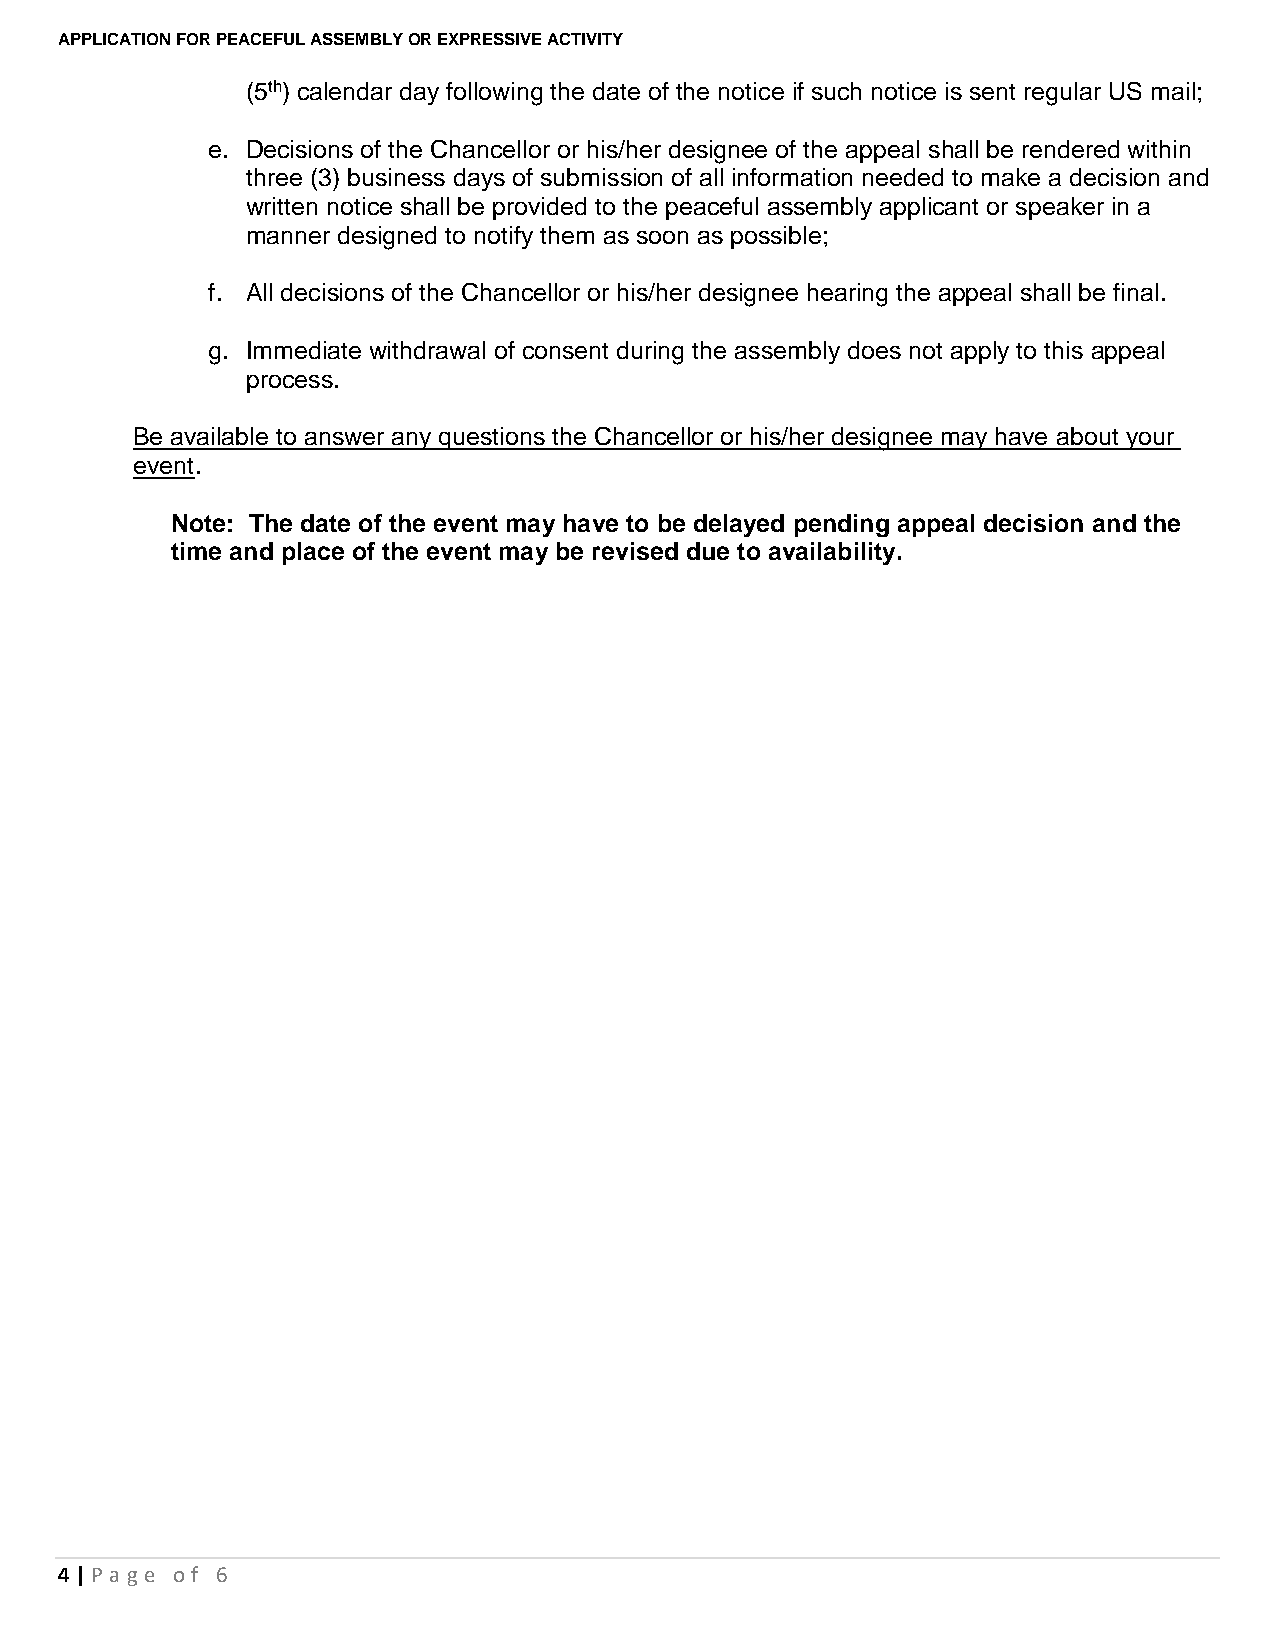
APPLICATION FOR PEACEFUL ASSEMBLY OR EXPRESSIVE ACTIVITY
 (5th) calendar day following the date of the notice if such notice is sent regular US mail;
 e. Decisions of the Chancellor or his/her designee of the appeal shall be rendered within
 three (3) business days of submission of all information needed to make a decision and
 written notice shall be provided to the peaceful assembly applicant or speaker in a
 manner designed to notify them as soon as possible;
 f. All decisions of the Chancellor or his/her designee hearing the appeal shall be final.
 g. Immediate withdrawal of consent during the assembly does not apply to this appeal
 process.
 Be available to answer any questions the Chancellor or his/her designee may have about your
 event.
 Note: The date of the event may have to be delayed pending appeal decision and the
 time and place of the event may be revised due to availability.
 4 | P age o f 6